Report of an investigation into the causes of the diseases known in Assam as Kála-Azár and Beri-Beri
Disease focus: Beri-Beri
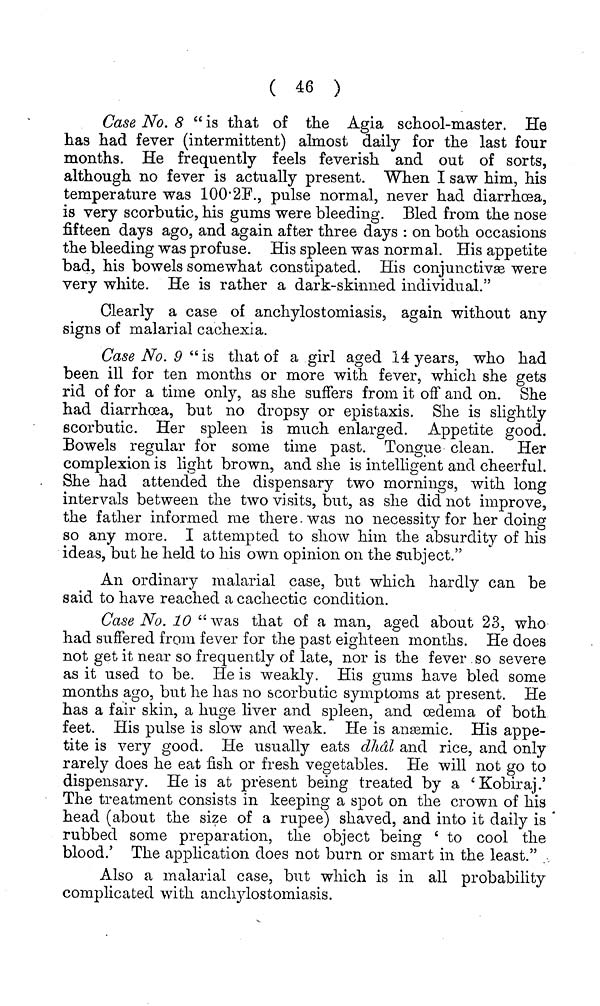
( 46 )
Case No. 8 " is that of the Agia school-master. He
has had fever (intermittent) almost daily for the last four
months. He frequently feels feverish and out of sorts,
although no fever is actually present. When I saw him, his
temperature was 100.2F., pulse normal, never had diarrhoea,
is very scorbutic, his gums were bleeding. Bled from the nose
fifteen days ago, and again after three days : on both occasions
the bleeding was profuse. His spleen was normal. His appetite
bad, his bowels somewhat constipated. His conjunctivæ were
very white. He is rather a dark-skinned individual."
Clearly a case of anchylostomiasis, again without any
signs of malarial cachexia.
Case No. 9 " is that of a girl aged 14 years, who had
been ill for ten months or more with fever, which she gets
rid of for a time only, as she suffers from it off and on. She
had diarrhoea, but no dropsy or epistaxis. She is slightly
scorbutic. Her spleen is much enlarged. Appetite good.
Bowels regular for some time past. Tongue clean. Her
complexion is light brown, and she is intelligent and cheerful.
She had attended the dispensary two mornings, with long
intervals between the two visits, but, as she did not improve,
the father informed me there. was no necessity for her doing
so any more. I attempted to show him the absurdity of his
ideas, but he held to his own opinion, on the subject."
An ordinary malarial case, but which hardly can be
said to have reached a cachectic condition.
Case No. 10 "was that of a man, aged about 23, who
had suffered from fever for the past eighteen months. He does
not get it near so frequently of late, nor is the fever so severe
as it used to be. He is weakly. His gums have bled some
months ago, but he has no scorbutic symptoms at present. He
has a fair skin, a huge liver and spleen, and oedema of both
feet. His pulse is slow and weak. He is anæmic. His appe-
tite is very good. He usually eats dhál and rice, and only
rarely does he eat fish or fresh vegetables. He will not go to
dispensary. He is at present being treated by a ' Kobiraj.'
The treatment consists in keeping a spot on the crown of his
head (about the size of a rupee) shaved, and into it daily is
rubbed some preparation, the object being ' to cool the
blood.' The application does not burn or smart in the least."
Also a malarial case, but which is in all probability
complicated with anchylostomiasis.